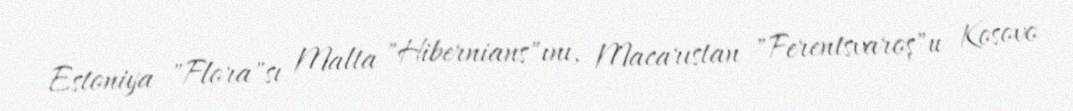
Estoniya "Flora"sı Malta "Hibernians"ını, Macarıstan "Ferentsvaroş"u Kosovo